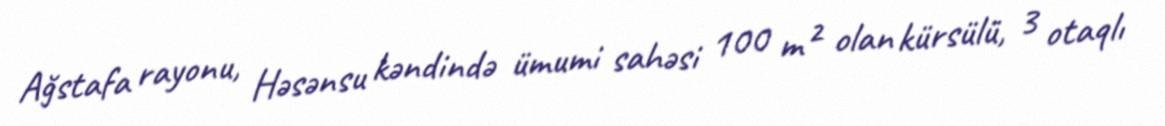
Ağstafa rayonu, Həsənsu kəndində ümumi sahəsi 100 m² olan kürsülü, 3 otaqlı